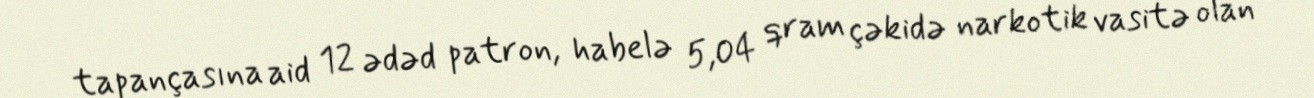
tapançasına aid 12 ədəd patron, habelə 5,04 qram çəkidə narkotik vasitə olan